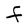
Character: F